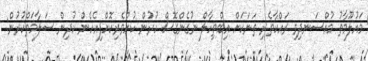
މައުލޫމާތު މުއްސަނދިވި ރައްކާތެރި ތަނަކަށް އިބްތިހާލް ނުގެންގޮސް ހުރުން ކުށްވެރިކޮށްފިއެހެން ކުދިން ސަލާމަތްކުރުން: